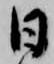
日